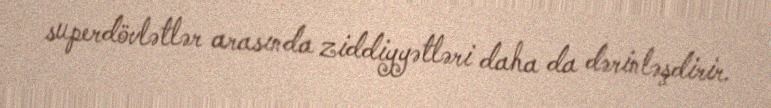
superdövlətlər arasında ziddiyyətləri daha da dərinləşdirir.